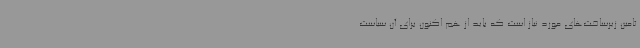
تامین زیرساخت‌های مورد نیاز است که باید از هم اکنون برای آن سیاست